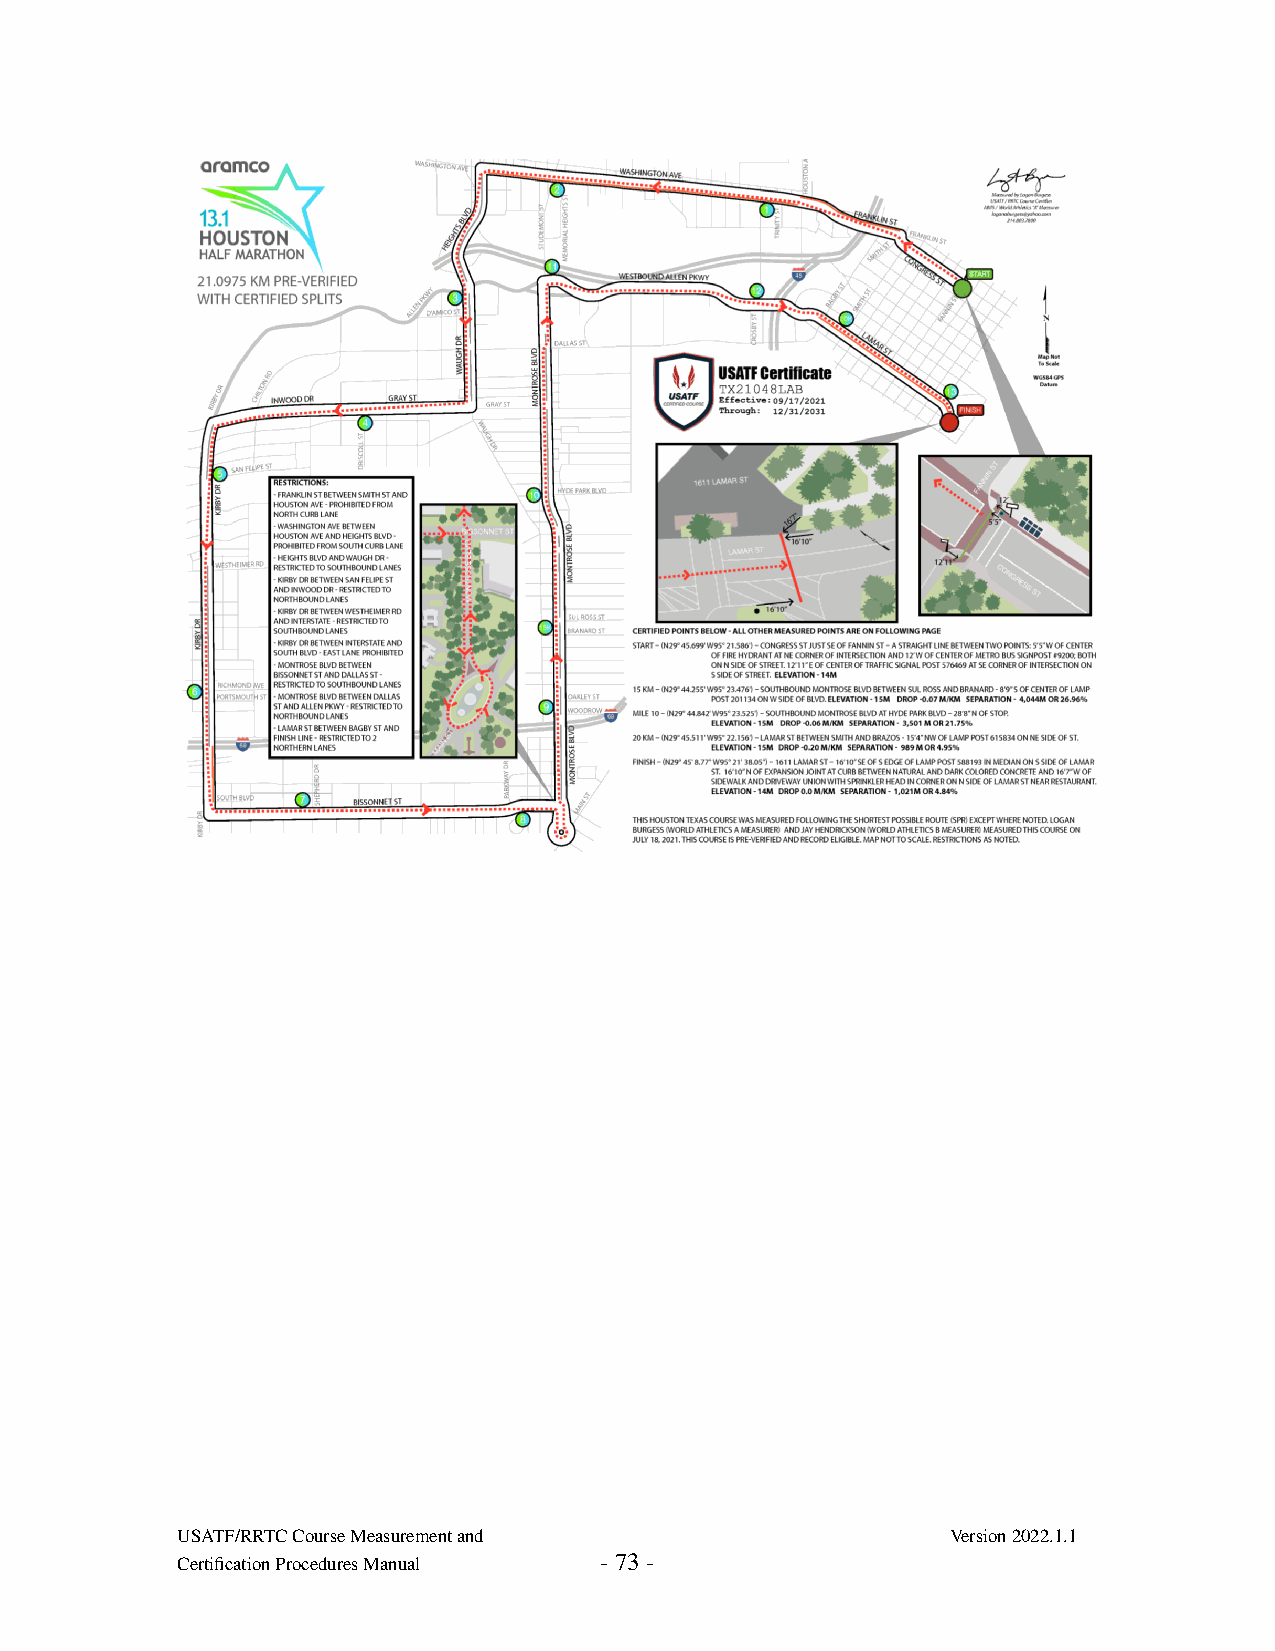
USATF/RRTC Course Measurement and                  Version 2022.1.1
 Certification Procedures Manual - 73 -